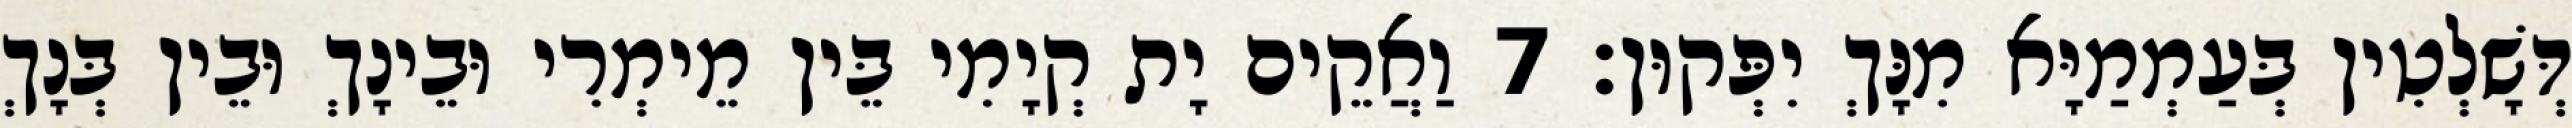
דְּשָׁלְטִין בְּעַמְמַיָּא מִנָּךְ יִפְּקוּן׃ 7 וַאֲקֵים יָת קְיָמִי בֵּין מֵימְרִי וּבֵינָךְ וּבֵין בְּנָךְ